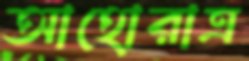
আহোরাত্র